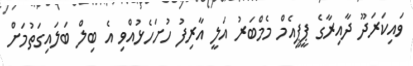
ވައިކަރަދޫ ދާއިރާގެ ޕީޕީއެމް މެމްބަރު އަލީ އާރިފު ހުށަހެޅުއްވި އެ ބިލް ބަލައިގަތުމަށް